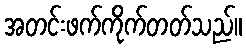
အတင်းဖက်ကိုက်တတ်သည်။